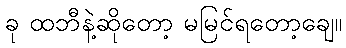
ခု ထဘီနဲ့ဆိုတော့ မမြင်ရတော့ချေ။